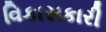
વિકાસકારી